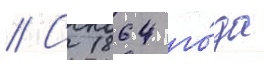
// С 1864 го́да